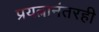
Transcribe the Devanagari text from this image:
प्रयत्नानंतरही